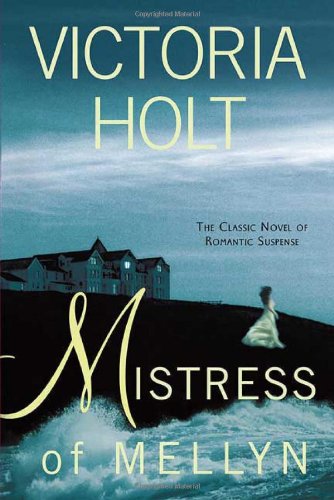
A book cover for Mistress of Mellyn; Victoria Holt; Romance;